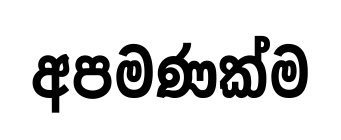
අපමණක්ම